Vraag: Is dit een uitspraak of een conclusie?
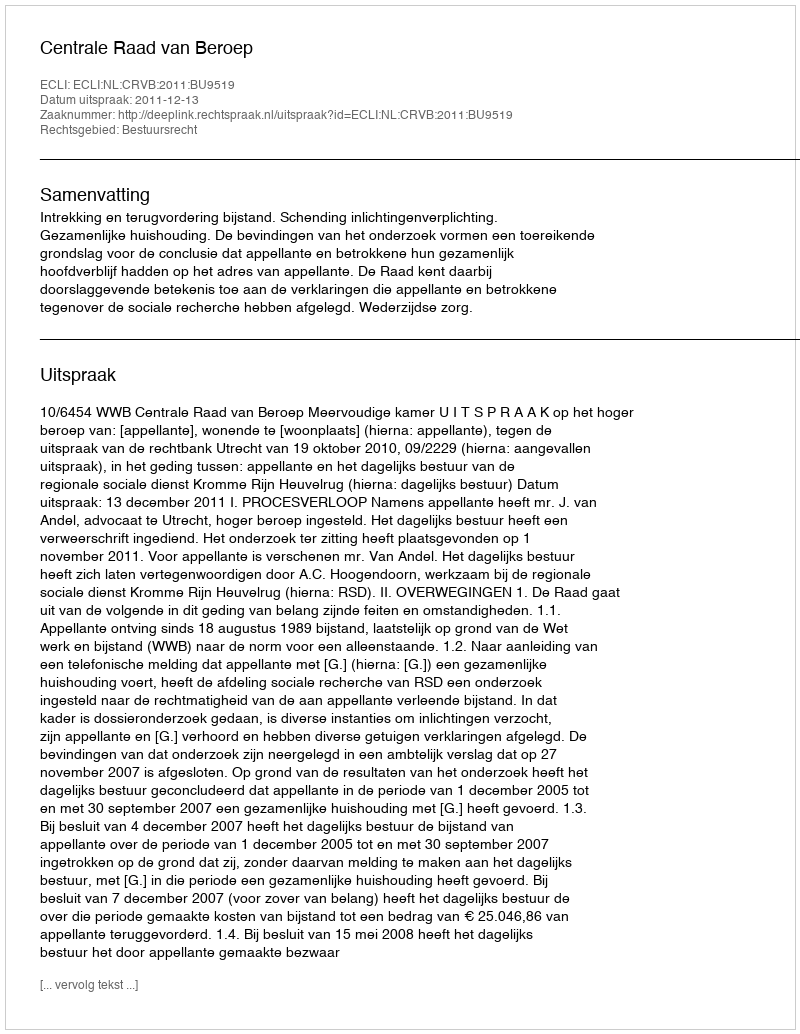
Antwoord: Uitspraak